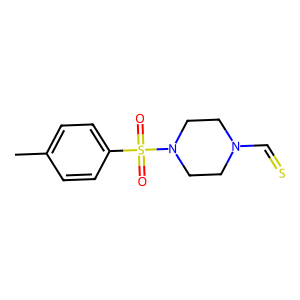
SMILES: Cc1ccc(S(=O)(=O)N2CCN(C=S)CC2)cc1
Inhibits HIV replication: No